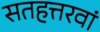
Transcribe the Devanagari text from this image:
सतहत्तरवां